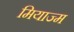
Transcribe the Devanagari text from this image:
मियाज्म